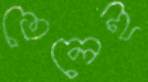
তেলেই